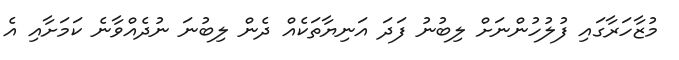
މުޒާހަރާގައި ފުލުހުންނަށް ލިބުނު ފަދަ އަނިޔާތަކެއް ދެން ލިބުނަ ނުދެއްވާނެ ކަމަށާއި އެ